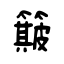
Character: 簸